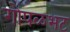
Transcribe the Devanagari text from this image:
गोपळभट